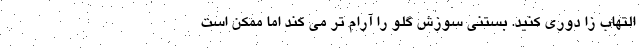
التهاب زا دوری کنید. بستنی سوزش گلو را آرام تر می کند اما ممکن است